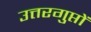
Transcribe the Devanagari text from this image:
उत्तरगुप्तों